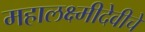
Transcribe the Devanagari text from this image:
महालक्ष्मीदेवीचे